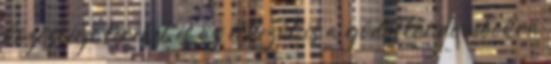
közösségi tereket és az étkezőt is a gödöllői dombokra